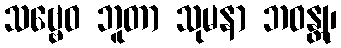
သဗ္ဗေဝ ဘူတာ သုမနာ ဘဝန္တု၊